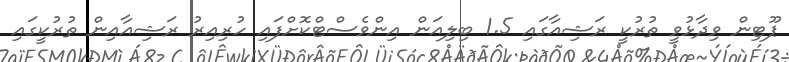
ޕޫޓިން ވިދާޅުވީ ތުރުކީ ރަޝިއާގައި 1.5 ބިލިއަން އިންވެސްޓްކޮށްފައި ހުރިއިރު ރަޝިއާއިން ތުރުކީގައި